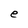
Character: e